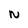
Character: N